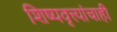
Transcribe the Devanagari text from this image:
शिष्यवृत्त्यांचाही